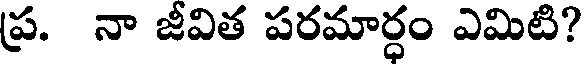
ప్ర. నా జీవిత పరమార్ధం ఎమిటి?